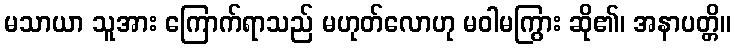
မသာယာ သူအား ကြောက်ရာသည် မဟုတ်လောဟု မဝါမကြွား ဆို၏၊ အနာပတ္တိ။